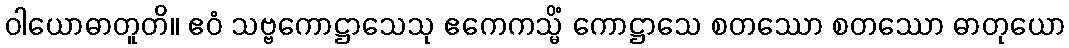
ဝါယောဓာတူတိ။ ဧဝံ သဗ္ဗကောဋ္ဌာသေသု ဧကေကသ္မိံ ကောဋ္ဌာသေ စတဿော စတဿော ဓာတုယော